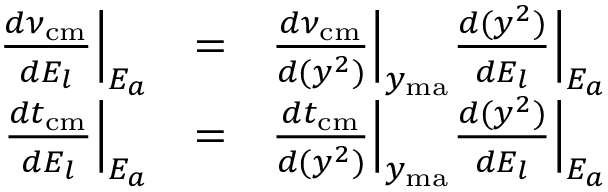
\begin{array} { r l r } { \frac { d \nu _ { \mathrm { c m } } } { d E _ { l } } \Big | _ { E _ { a } } } & { = } & { \frac { d \nu _ { \mathrm { c m } } } { d ( y ^ { 2 } ) } \Big | _ { y _ { \mathrm { m a } } } \frac { d ( y ^ { 2 } ) } { d E _ { l } } \Big | _ { E _ { a } } } \\ { \frac { d t _ { \mathrm { c m } } } { d E _ { l } } \Big | _ { E _ { a } } } & { = } & { \frac { d t _ { \mathrm { c m } } } { d ( y ^ { 2 } ) } \Big | _ { y _ { \mathrm { m a } } } \frac { d ( y ^ { 2 } ) } { d E _ { l } } \Big | _ { E _ { a } } } \end{array}